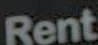
Rent